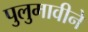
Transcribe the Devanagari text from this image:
पुलुमावीने